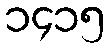
၁၄၁၅